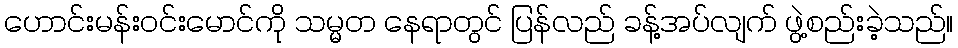
ဟောင်းမန်းဝင်းမောင်ကို သမ္မတ နေရာတွင် ပြန်လည် ခန့်အပ်လျက် ဖွဲ့စည်းခဲ့သည်။